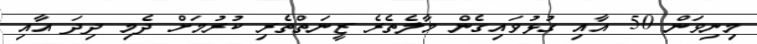
މިނިވަން 50 އާއި ގުޅުވައިގެން މާލެތެރެ ޒީނަތްތެރި ކުރުމަށް ދެމި ދިދަ އާއި